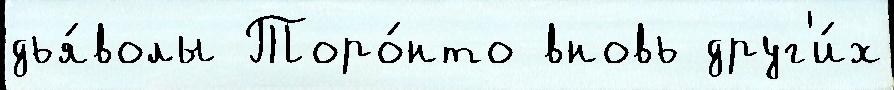
дья́волы Торо́нто вновь друг'и́х